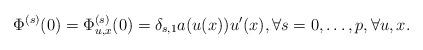
LaTeX: \begin{align*}\Phi^{(s)}(0)=\Phi_{u,x}^{(s)}(0)=\delta_{s,1}a(u(x))u'(x),\forall s=0,\dots,p,\forall u, x.\end{align*}